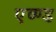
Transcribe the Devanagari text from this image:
एव्ण्ड